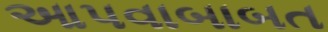
આપવાબાબત